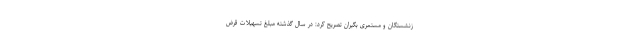
زنشستگان و مستمری بگیران تصریح کرد: در سال گذشته مبلغ تسهیلات قرض